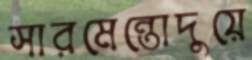
সারমেন্তোদুয়ে